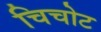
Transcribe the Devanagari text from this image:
चिचोट